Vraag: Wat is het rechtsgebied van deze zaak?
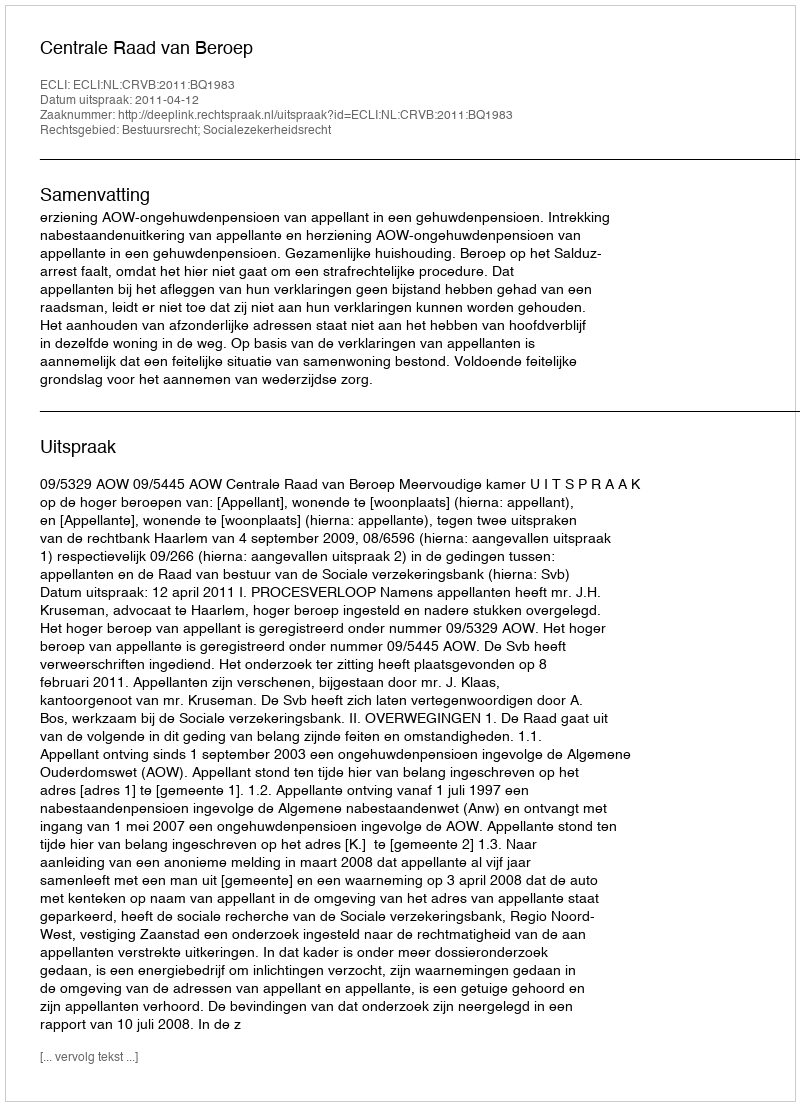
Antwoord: Bestuursrecht; Socialezekerheidsrecht